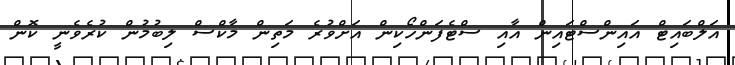
އަލްބައިޓް އައިންސްޓައިން އާއި ސްޓެފަންހޯކިން އަށްވުރެ މަތިން މާކްސް ލިބުމުން ކުރެވެނީ ކޮން